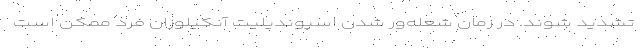
تشدید شوند. در زمان شعله‌ور شدن اسپوندیلیت آنکیلوزان فرد ممکن است